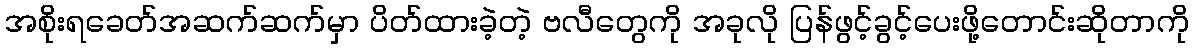
အစိုးရခေတ်အဆက်ဆက်မှာ ပိတ်ထားခဲ့တဲ့ ဗလီတွေကို အခုလို ပြန်ဖွင့်ခွင့်ပေးဖို့တောင်းဆိုတာကို